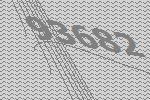
93682